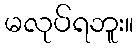
မလုပ်ရဘူး။